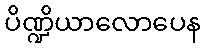
ပိဏ္ဍိယာလောပေန